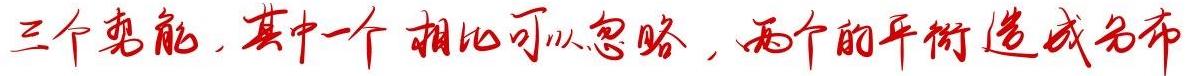
三个惠能，其中一个相比可以忽略，两个的平衡造成分布